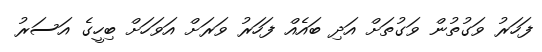
ފަހަރު ވަގުތުން ވަގުތަށް އަދި ބައެއް ފަހަރު ވަރަށް އަވަހަށް ބިހީގެ އަސަރު